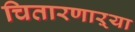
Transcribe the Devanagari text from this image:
चितारणाऱ्या